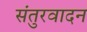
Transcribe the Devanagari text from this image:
संतुरवादन